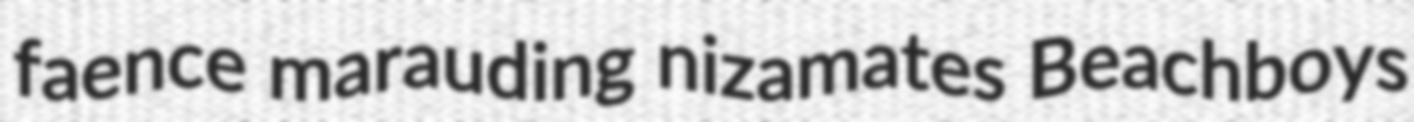
faence marauding nizamates Beachboys